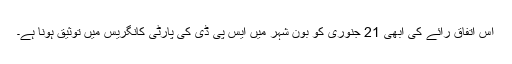
اس اتفاق رائے کی ابھی 21 جنوری کو بون شہر میں ایس پی ڈی کی پارٹی کانگریس میں توثیق ہونا ہے۔